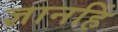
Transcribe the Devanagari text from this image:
ज्ञानहिं